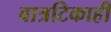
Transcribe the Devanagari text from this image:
वात्रटिकाही